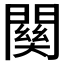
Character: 𮤚